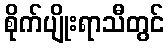
စိုက်ပျိုးရာသီတွင်